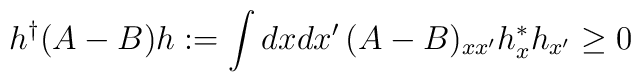
h^\dagger (A-B) h := \int dxdx'\,(A-B)_{xx'}h^*_{x}h_{x'} \geq 0